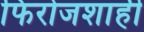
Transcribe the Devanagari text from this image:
फिरोजशाही